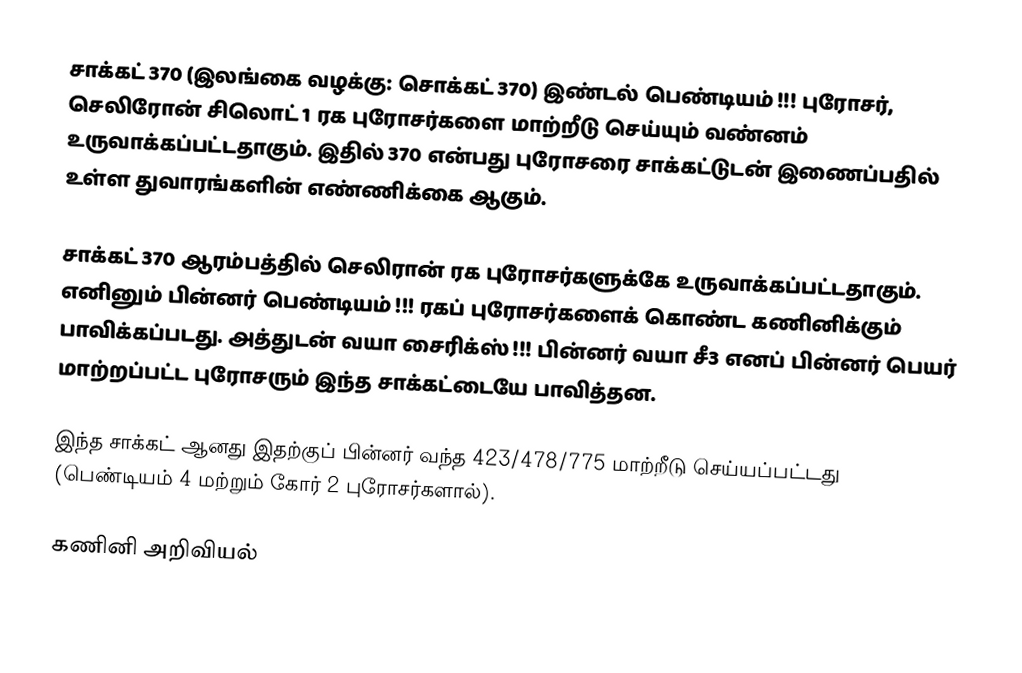
சாக்கட் 370 (இலங்கை வழக்கு: சொக்கட் 370) இண்டல் பெண்டியம் !!! புரோசர், செலிரோன் சிலொட் 1 ரக புரோசர்களை மாற்றீடு செய்யும் வண்னம் உருவாக்கப்பட்டதாகும். இதில் 370 என்பது புரோசரை சாக்கட்டுடன் இணைப்பதில் உள்ள துவாரங்களின் எண்ணிக்கை ஆகும்.

சாக்கட் 370 ஆரம்பத்தில் செலிரான் ரக புரோசர்களுக்கே உருவாக்கப்பட்டதாகும். எனினும் பின்னர் பெண்டியம் !!! ரகப் புரோசர்களைக் கொண்ட கணினிக்கும் பாவிக்கப்படது. அத்துடன் வயா சைரிக்ஸ் !!! பின்னர் வயா சீ3 எனப் பின்னர் பெயர் மாற்றப்பட்ட புரோசரும் இந்த சாக்கட்டையே பாவித்தன.

இந்த சாக்கட் ஆனது இதற்குப் பின்னர் வந்த 423/478/775 மாற்றீடு செய்யப்பட்டது (பெண்டியம் 4 மற்றும் கோர் 2 புரோசர்களால்).

கணினி அறிவியல்